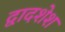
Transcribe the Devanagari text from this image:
द्वादशेश